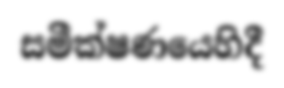
සමීක්ෂණයෙහිදී